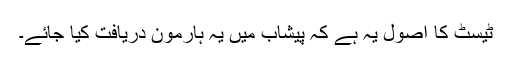
ٹیسٹ کا اصول یہ ہے کہ پیشاب میں یہ ہارمون دریافت کیا جائے۔